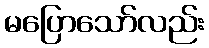
မပြောသော်လည်း